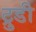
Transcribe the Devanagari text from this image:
ट्रुडी